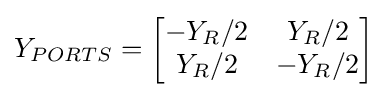
Y_{PORTS}={\begin{bmatrix}-Y_{R}/2&Y_{R}/2\\Y_{R}/2&-Y_{R}/2\end{bmatrix}}